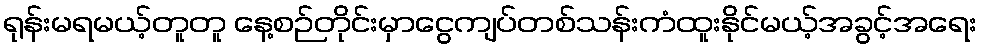
ရုန်းမရမယ့်တူတူ နေ့စဉ်တိုင်းမှာငွေကျပ်တစ်သန်းကံထူးနိုင်မယ့်အခွင့်အရေး